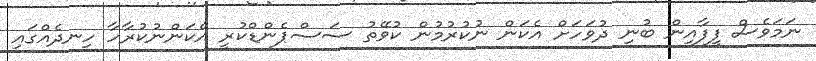
ނަމަވެސް ފީފާއިން ބުނި ދުވަހަށް އެކަން ނުކުރުމުން ކުވޭތު ސަސްޕެންޑްކުރީ އެކަންނުކުރާހާ ހިނދެއްގައި